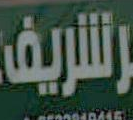
الشريف